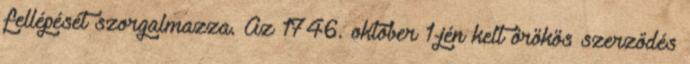
fellépését szorgalmazza. Az 1746. október 1-jén kelt örökös szerződés